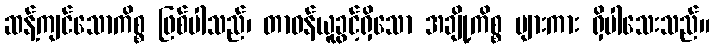
ဆန့်ကျင်သောကိစ္စ ဖြစ်ပါသည်၊ တာဝန်ယူခွင့်ရှိသော အချို့ကိစ္စ များကား ရှိပါသေးသည်။